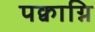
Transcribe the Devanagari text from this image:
पक्वाग्नि